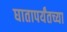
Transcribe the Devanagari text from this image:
घातापर्यंतच्या